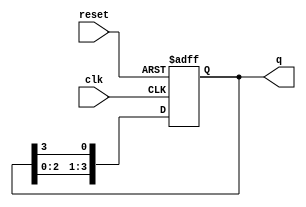
module bistable_ring_counter (
    input wire clk,          // Clock input
    input wire reset,        // Asynchronous reset input
    output reg [3:0] q       // 4-bit output
);

    // Initial state
    initial begin
        q = 4'b0001; // Initialize the counter to 0001
    end

    // Always block triggered on the rising edge of the clock or reset
    always @(posedge clk or posedge reset) begin
        if (reset) begin
            q <= 4'b0001; // Reset the counter to 0001
        end else begin
            // Shift the '1' to the left in a circular manner
            q <= {q[2:0], q[3]}; // Move the last bit to the first position
        end
    end

endmodule